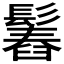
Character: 𩮱